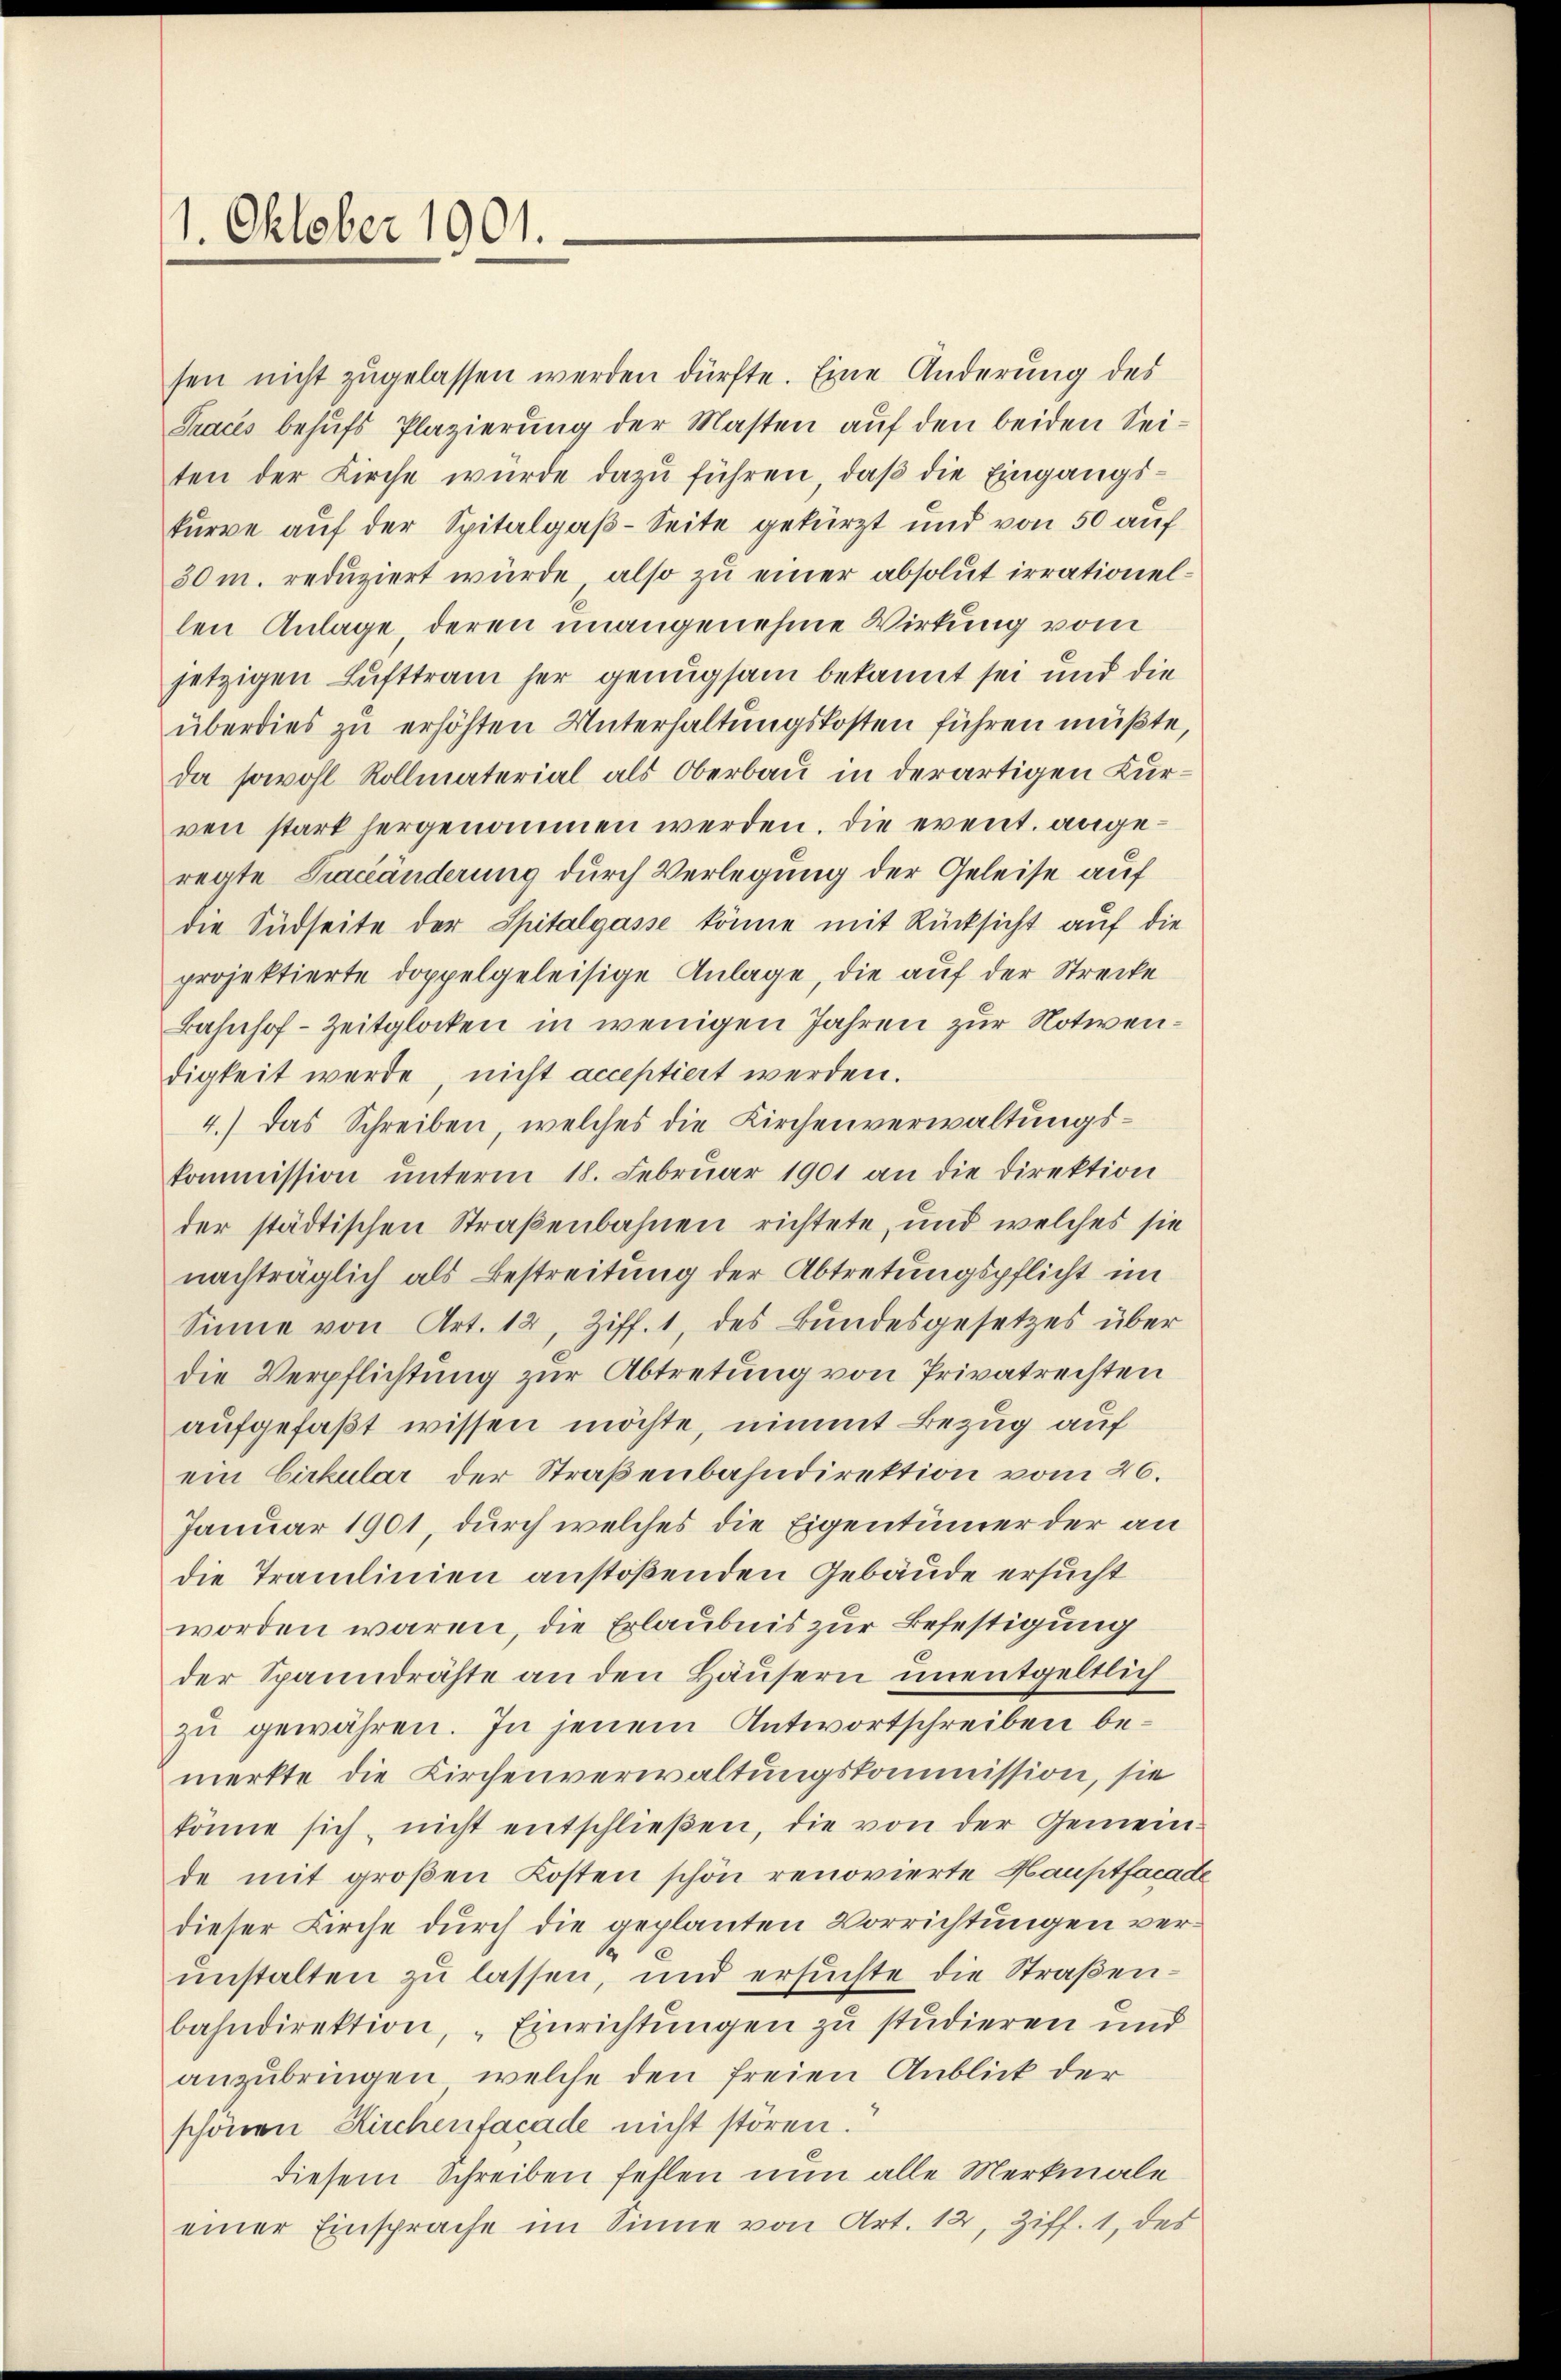
1. Oktober 1901.

sen nicht zugelassen werden dürfte. Eine Änderung des
Traces behufs Plazierung der Masten auf den beiden Seiten der Kirche würde dazu führen, daß die Eingangskurve auf der Spitalgaß-Seite gekürzt und von 50 auf
30 m. reduziert würde, also zu einer absolut irrationellen Anlage, deren unangenehme Wirkung vom
jetzigen Lufttram her genugsam bekannt sei und die
überdies zu erhöhten Unterhaltungskosten führen müßte.
da sowohl Rollmaterial als Oberbau in derartigen Kurren stark hergenommen werden. Die event. angeregte Traceänderung durch Verlegung der Geleise auf
die Südseite der Spitalgasse könne mit Rücksicht auf die
projektierte doppelgeleisige Anlage, die auf der Strecke
Bahnhof-Zeitglocken in wenigen Jahren zur Notwendigkeit werde, nicht acceptiert werden.
4.) Das Schreiben, welches die Kirchenverwaltungskommission ŭnterm 18. Febrŭar 1901 an die Direktion
der städtischen Straßenbahnen richtete, und welches sie
nachträglich als Bestreitung der Abtretungspflicht im
Sinne von Art. 12, Ziff. 1, des Bundesgesetzes über
die Verpflichtung zur Abtretung von Privatrechten
aufgefaßt wissen möchte, nimmt Bezug auf
ein Cirkular der Straßenbahndirektion vom 26.
Januar 1901, durch welches die Eigentümer der an
die Tramlinien anstoßenden Gebäude ersucht
worden wären, die Erlaubnis zur Befestigung
der Spanndrähte an den Häusern unentgeltlich
zu gewähren. In jenem Antwortschreiben bemerkte die Kirchenverwaltungskommission, sie
könne sich nicht entschlieβen, die von der Gemein-
de mit großen Kosten schön renovierte Hauptfacade
dieser Kirche durch die geplanten Vorrichtungen verunstalten zu lassen, und ersuchte die Straßenbahndirektion, "Einrichtungen zu studieren und
anzubringen, welche den freien Anblick der
schönen Kirchenfacade nicht stören.
diesem Schreiben fehlen nun alle Merkmale
einer Einsprache im Sinne von Art. 12, Ziff. 1, des